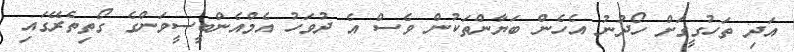
އަދި ތަހުގީގަށް ހޯދުނު އެހެން ބަޔާންތަކުން ވެސް އެ ދުވަހު އެމްއެންބީސީވަންގެ ގޯތިތެރޭގައި